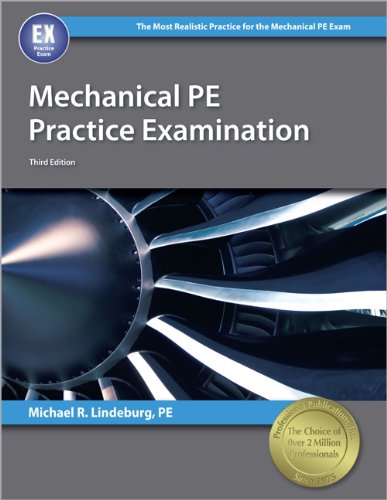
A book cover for Mechanical PE Practice Examination; Michael  R. Lindeburg PE; Engineering & Transportation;